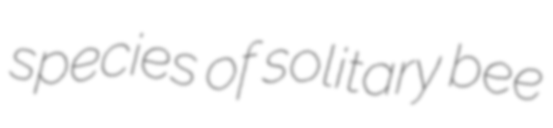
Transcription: species of solitary bee